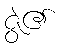
ဇွဲ၏